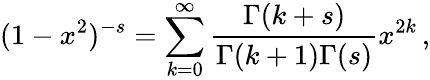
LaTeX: (1-x^{2})^{-s}=\sum_{k=0}^{\infty}{\frac{\Gamma(k+s)}{\Gamma(k+1)\Gamma(s)}}x^{2k}\, ,